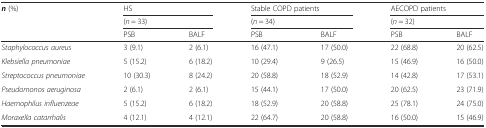
<table><thead><tr><td rowspan="3"><b><i>n</i> (%)</b></td><td colspan="2"><b>HS</b></td><td colspan="2"><b>Stable COPD patients</b></td><td colspan="2"><b>AECOPD patients</b></td></tr><tr><td colspan="2"><b>(<i>n</i> = 33)</b></td><td colspan="2"><b>(<i>n</i> = 34)</b></td><td colspan="2"><b>(<i>n</i> = 32)</b></td></tr><tr><td><b>PSB</b></td><td><b>BALF</b></td><td><b>PSB</b></td><td><b>BALF</b></td><td><b>PSB</b></td><td><b>BALF</b></td></tr></thead><tbody><tr><td><i>Staphylococcus aureus</i></td><td>3 (9.1)</td><td>2 (6.1)</td><td>16 (47.1)</td><td>17 (50.0)</td><td>22 (68.8)</td><td>20 (62.5)</td></tr><tr><td><i>Klebsiella pneumoniae</i></td><td>5 (15.2)</td><td>6 (18.2)</td><td>10 (29.4)</td><td>9 (26.5)</td><td>15 (46.9)</td><td>16 (50.0)</td></tr><tr><td><i>Streptococcus pneumoniae</i></td><td>10 (30.3)</td><td>8 (24.2)</td><td>20 (58.8)</td><td>18 (52.9)</td><td>14 (42.8)</td><td>17 (53.1)</td></tr><tr><td><i>Pseudomonos aeruginosa</i></td><td>2 (6.1)</td><td>2 (6.1)</td><td>15 (44.1)</td><td>17 (50.0)</td><td>20 (62.5)</td><td>23 (71.9)</td></tr><tr><td><i>Haemophilus influenzeae</i></td><td>5 (15.2)</td><td>6 (18.2)</td><td>18 (52.9)</td><td>20 (58.8)</td><td>25 (78.1)</td><td>24 (75.0)</td></tr><tr><td><i>Moraxella catarrhalis</i></td><td>4 (12.1)</td><td>4 (12.1)</td><td>22 (64.7)</td><td>20 (58.8)</td><td>16 (50.0)</td><td>15 (46.9)</td></tr></tbody></table>